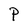
Character: P